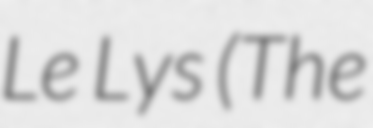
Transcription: Le Lys (The